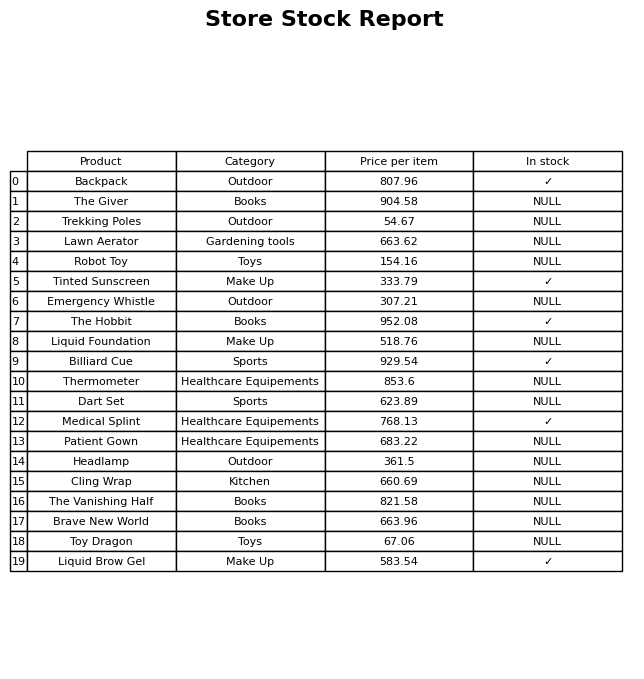
question: What is the stock status of the Tinted Sunscreen?
answer: ✓